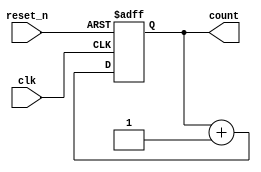
module async_reset_sync_counter (
    input wire clk,            // Clock signal
    input wire reset_n,        // Asynchronous active-low reset signal
    output reg [2:0] count     // 3-bit counter output (0 to 7)
);

// Asynchronous reset: Reset the counter to zero when reset_n is low
always @(posedge clk or negedge reset_n) begin
    if (!reset_n) begin
        count <= 3'b000;       // Reset count to 0
    end else begin
        count <= count + 1;    // Increment count on clock edge
    end
end

endmodule